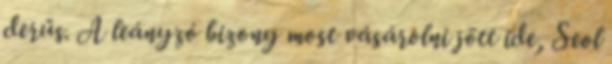
derűs. A leányzó bizony most vásárolni jött ide, Seol